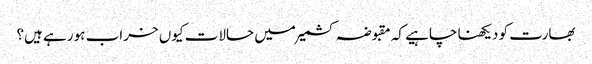
بھارت کو دیکھنا چاہیے کہ مقبوضہ کشمیر میں حالات کیوں خراب ہو رہے ہیں؟